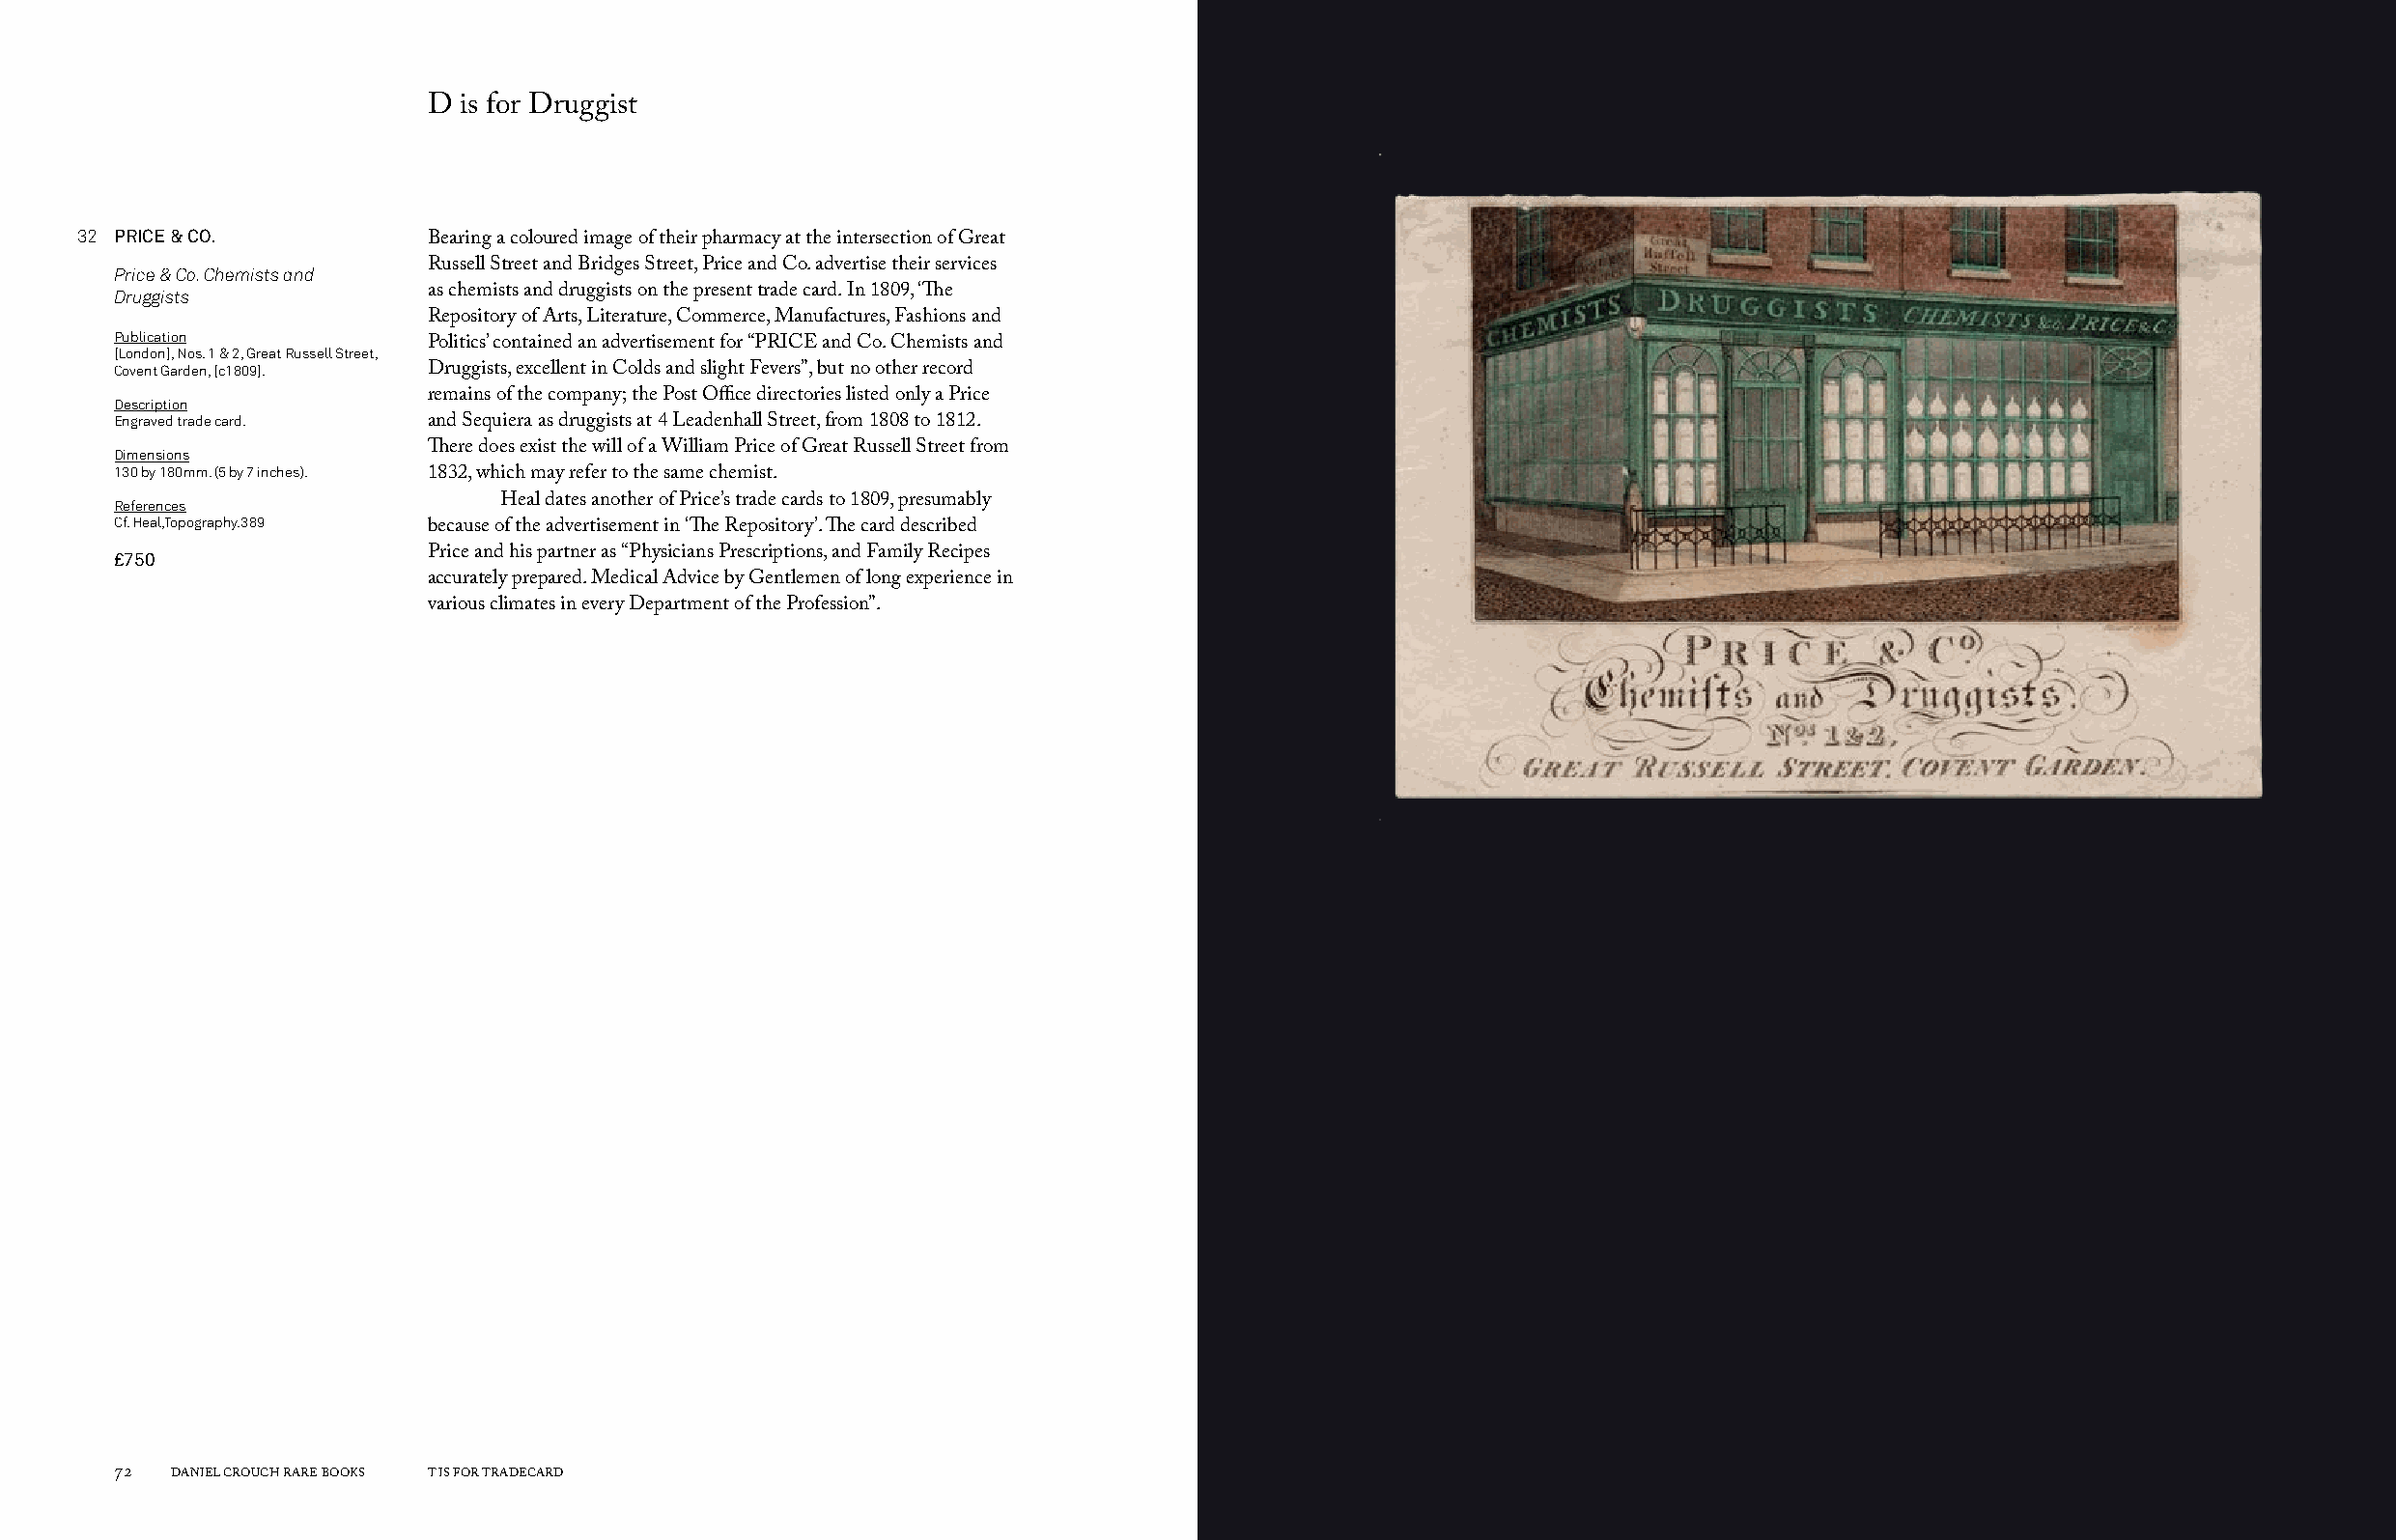
D  is for Druggist
 32 PRICE & CO.
 Bearing a coloured image of their pharmacy at the intersection of Great
 Price & Co. Chemists and Russell Street and Bridges Street, Price and Co. advertise their services
 Druggists            as chemists and druggists on the present trade card. In 1809, ‘The
 Repository of Arts, Literature, Commerce, Manufactures, Fashions and
 Publication
 Politics’ contained an advertisement for “PRICE and Co. Chemists and
 [London], Nos. 1 & 2, Great Russell Street,
 Covent Garden, [c1809]. Druggists, excellent in Colds and slight Fevers”, but no other record
 Description          remains of the company; the Post Office directories listed only a Price
 Engraved trade card. and Sequiera as druggists at 4 Leadenhall Street, from 1808 to 1812.
 Dimensions           There does exist the will of a William Price of Great Russell Street from
 130 by 180mm. (5 by 7 inches).
 1832, which may refer to the same chemist.
 References                Heal dates another of Price’s trade cards to 1809, presumably
 Cf. Heal,Topography.389
 because of the advertisement in ‘The Repository’. The card described
 £750                 Price and his partner as “Physicians Prescriptions, and Family Recipes
 accurately prepared. Medical Advice by Gentlemen of long experience in
 various climates in every Department of the Profession”.
 72  DANIEL CROUCH RARE BOOKS T IS FOR TRADECARD                                                                       T IS FOR TRADECARD DANIEL CROUCH RARE BOOKS 73